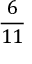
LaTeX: \frac { 6 } { 1 1 }